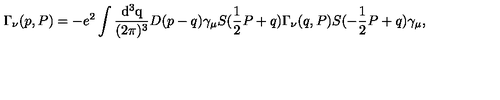
\Gamma _ { \nu } ( p , P ) = - e ^ { 2 } \int \mathrm { \frac { d ^ 3 q } { ( 2 \pi ) ^ 3 } } D ( p - q ) \gamma _ { \mu } S ( \mathrm { \frac { 1 } { 2 } } P + q ) \Gamma _ { \nu } ( q , P ) S ( - \mathrm { \frac { 1 } { 2 } } P + q ) \gamma _ { \mu } ,